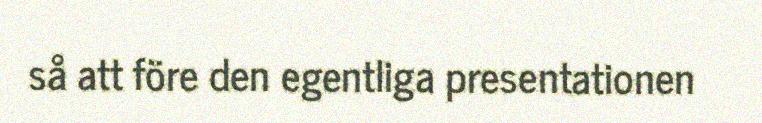
så att före den egentliga presentationen